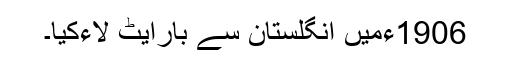
1906ءمیں انگلستان سے بارایٹ لاءکیا۔